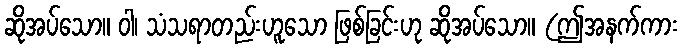
ဆိုအပ်သော။ ဝါ၊ သံသရာတည်းဟူသော ဖြစ်ခြင်းဟု ဆိုအပ်သော။ (ဤအနက်ကား